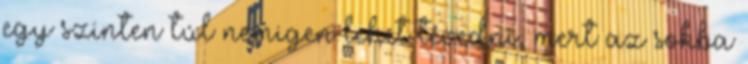
egy szinten túl nemigen lehet tévedni, mert az sokba